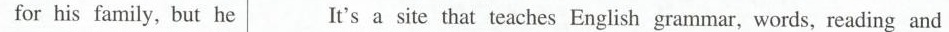
for his family, but he It's a site that teaches English grammar, words, reading and